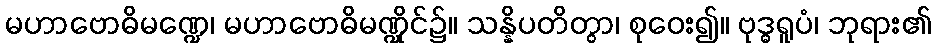
မဟာဗောဓိမဏ္ဍေ၊ မဟာဗောဓိမဏ္ဍိုင်၌။ သန္နိပတိတွာ၊ စုဝေး၍။ ဗုဒ္ဓရူပံ၊ ဘုရား၏